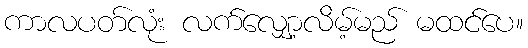
ကာလပတ်လုံး လက်လျှော့လိမ့်မည် မထင်ပေ။